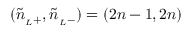
( \tilde { n } _ { { } _ { L } + } , \tilde { n } _ { { } _ { L } - } ) = ( 2 n - 1 , 2 n )